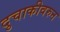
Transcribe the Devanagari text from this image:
दुचाकीवरुन